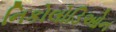
નિકોલોડિઓન